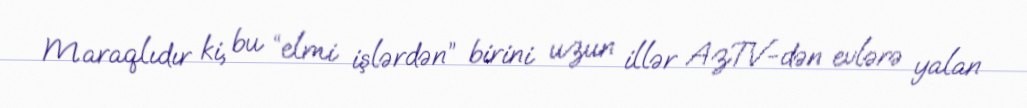
Maraqlıdır ki, bu “elmi işlərdən” birini uzun illər AzTV-dən evlərə yalan